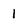
Character: 1